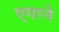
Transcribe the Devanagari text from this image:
एगरने